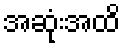
အဆုံးအထိ